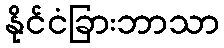
နိုင်ငံခြားဘာသာ